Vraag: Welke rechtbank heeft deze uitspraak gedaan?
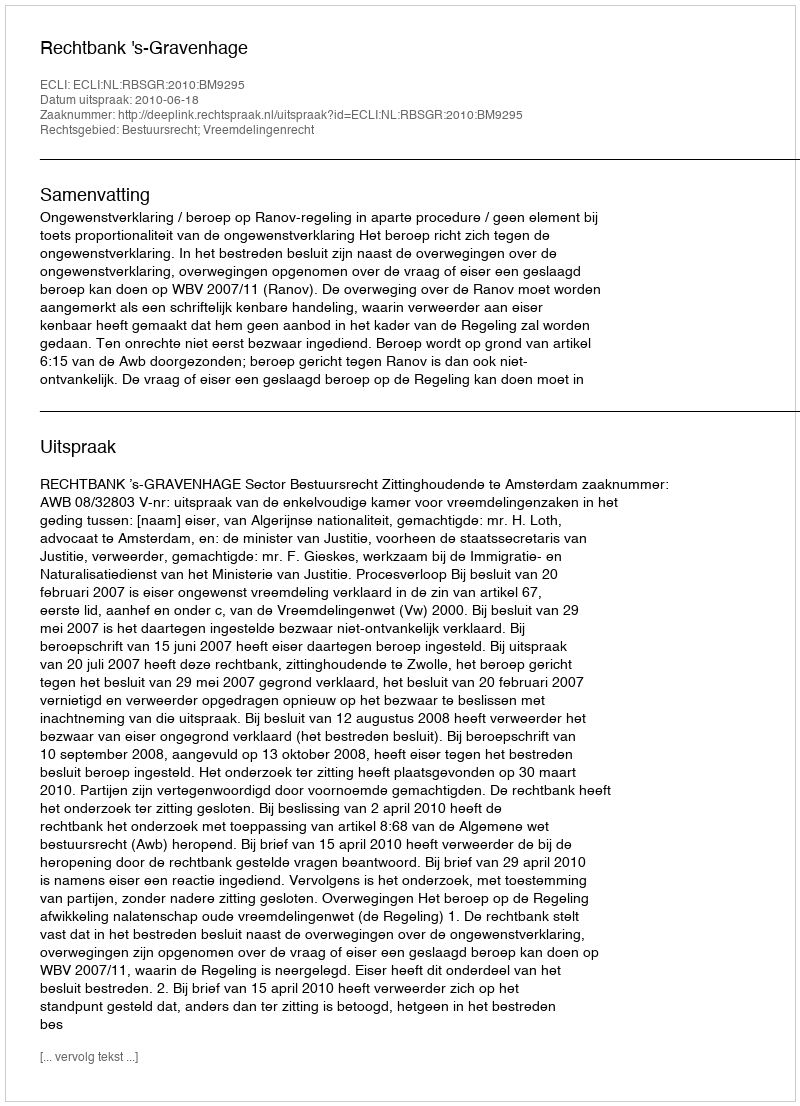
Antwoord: Rechtbank 's-Gravenhage